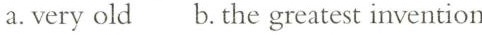
a.very old b. The greatest invention